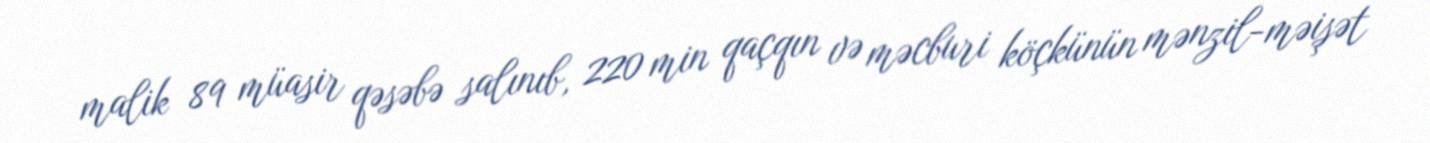
malik 89 müasir qəsəbə salınıb, 220 min qaçqın və məcburi köçkünün mənzil-məişət